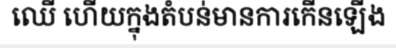
ឈើ ហើយក្នុងតំបន់មានការកើនឡើង